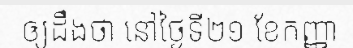
ឲ្យដឹងថា នៅថ្ងៃទី២១ ខែកញ្ញា